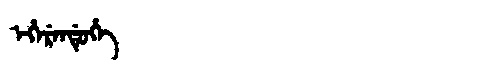
Manchu: ᡝᡥᡝᡵᡝᠨᡩᡠᡥᡝ
Romanization: EHERENDUHE